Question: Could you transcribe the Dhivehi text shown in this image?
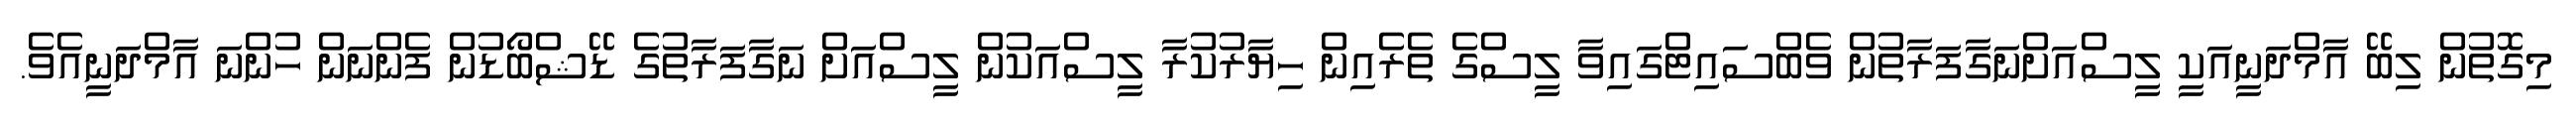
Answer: މިގޮތުން ލިބޭ އާމްދަނީއަކީ ލީސްއަށްނަގާފަރާތުން ވެބްސައިޓްގައިވާ ލީސްގެ ތެރެއިން ހިޔާރުކުރާ ލީސްއަކުން ލީސްއަށް ނަގާފަރާތުގެ ޑޭޝްބޯޑުން ފެންނަން ހުންނަ އާމްދަނީއެވެ.